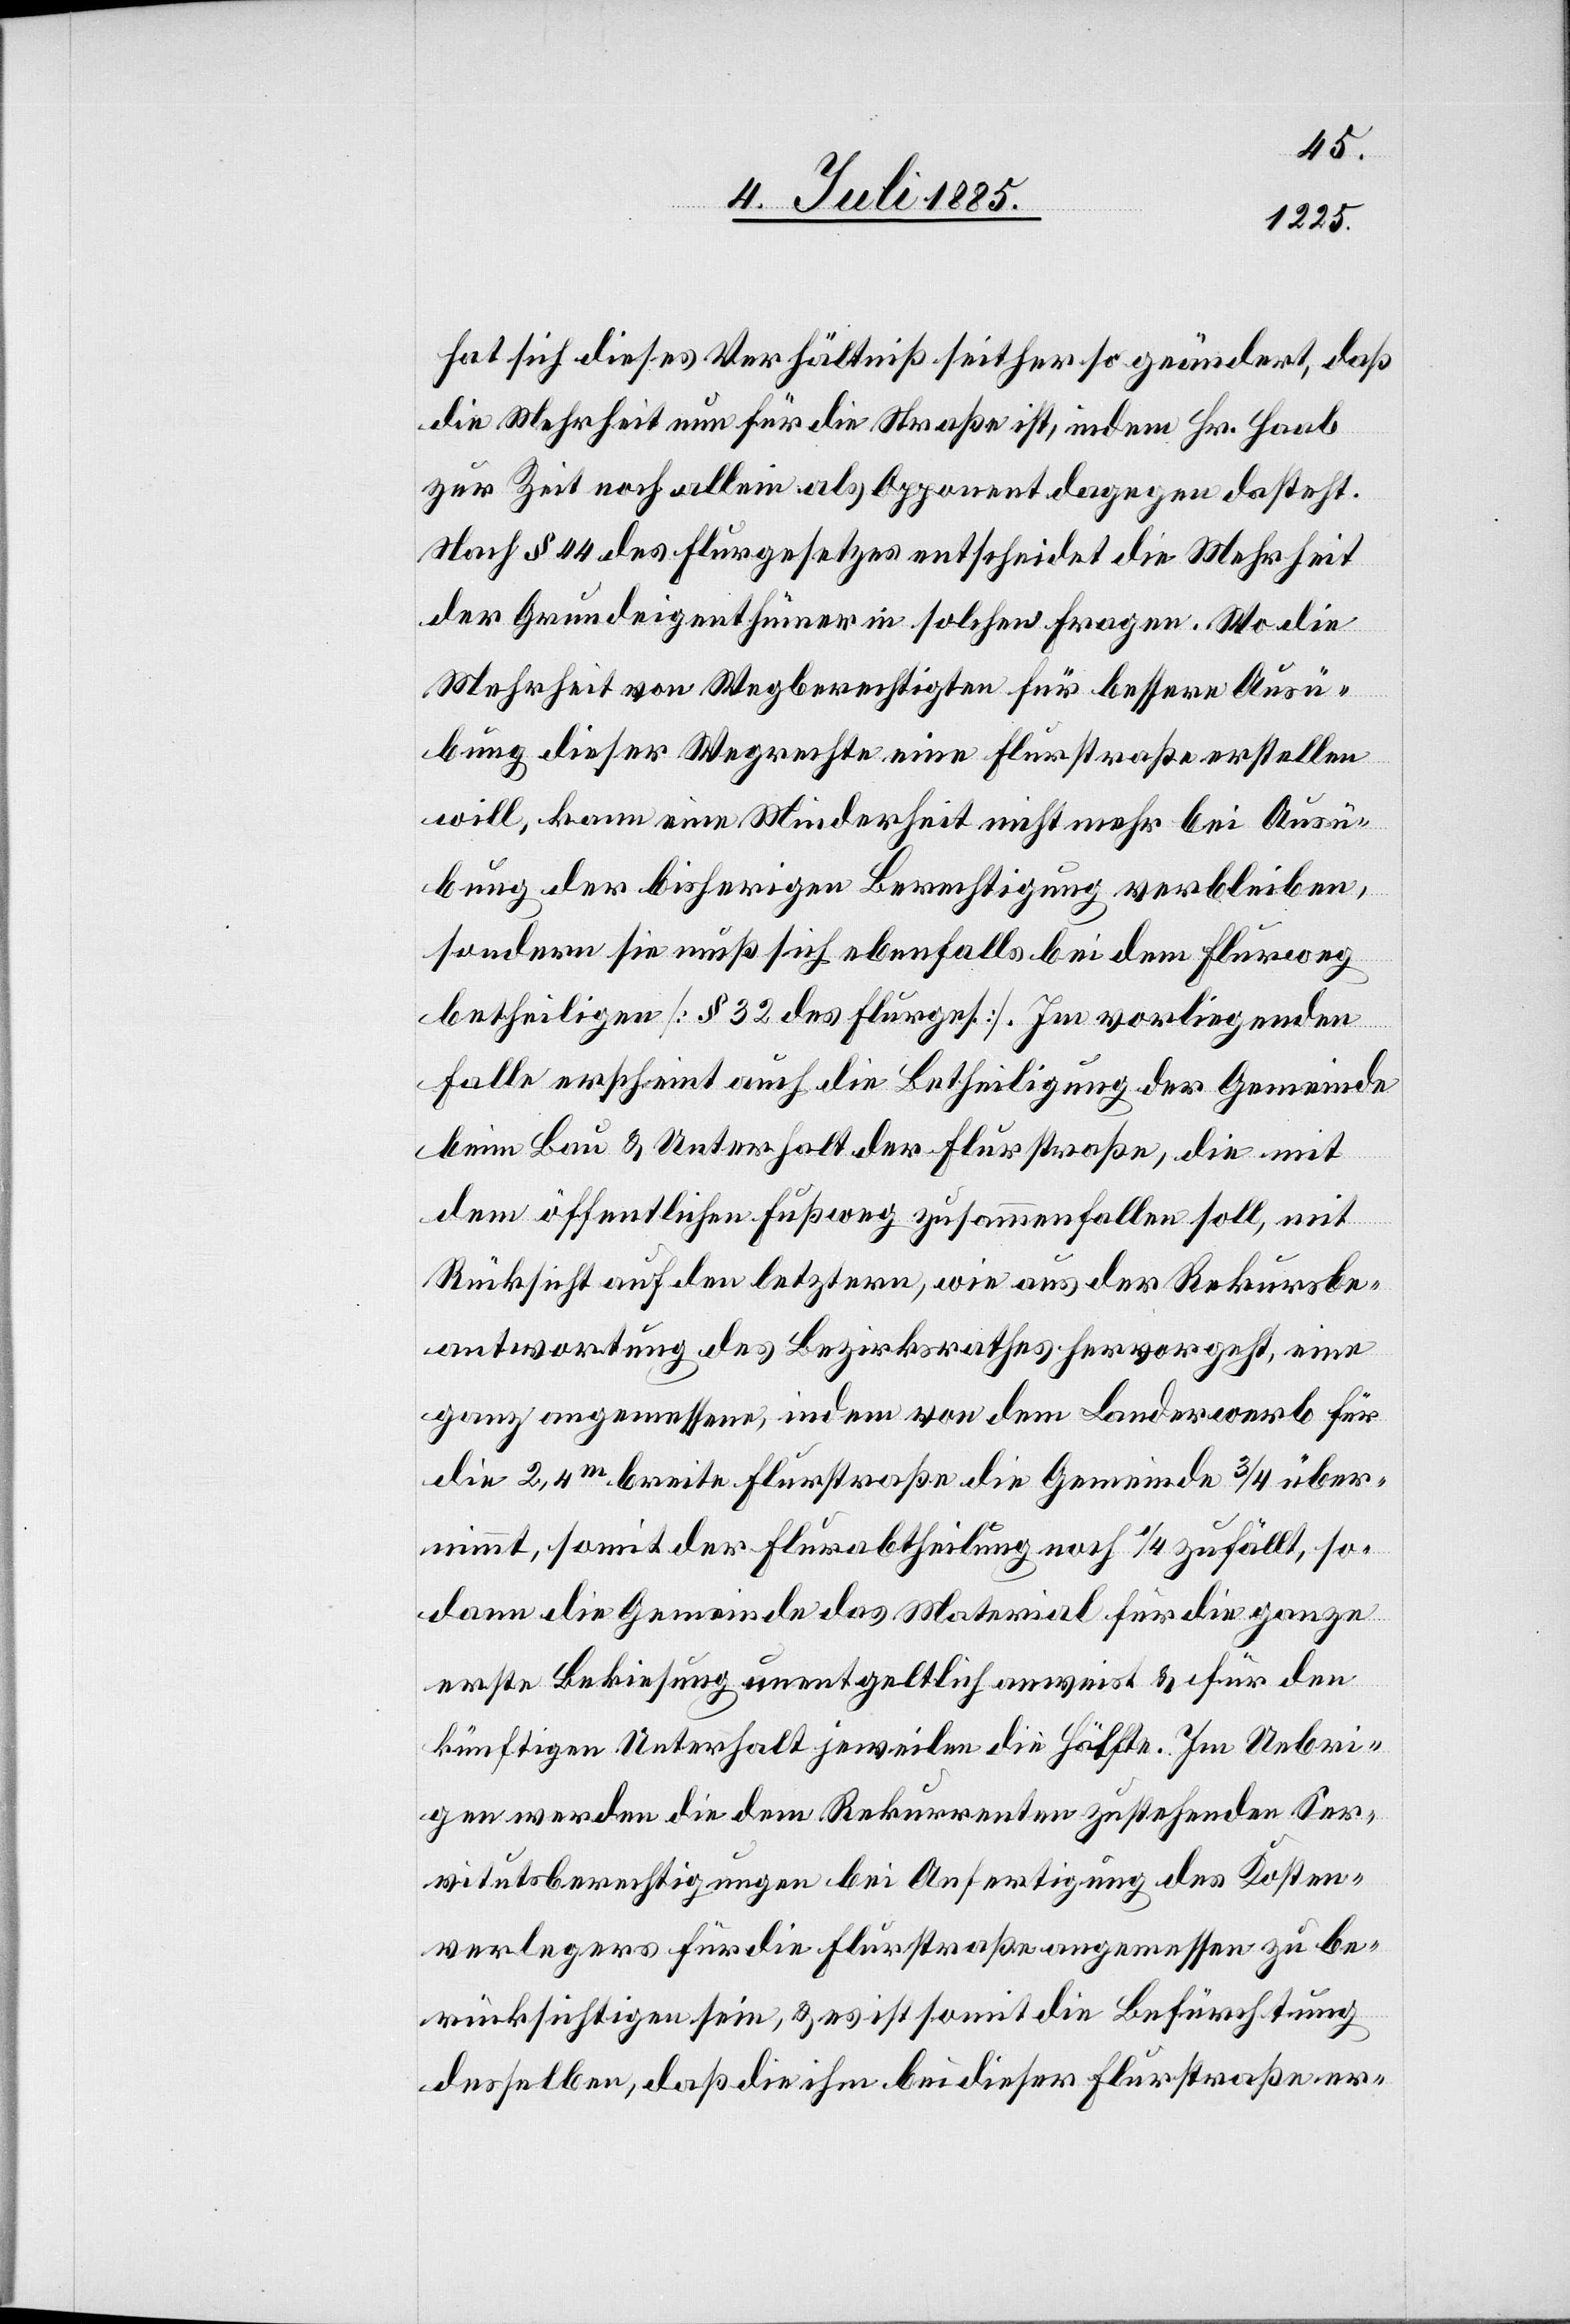
hat sich dieses Verhältniß seither so geändert, daß
die Mehrheit nun für die Straße ist, indem Hr. Haab
zur Zeit noch allein als Opponent dagegen dasteht.
Nach § 44 des Flurgesetzes entscheidet die Mehrheit
der Grundeigenthümer in solchen Fragen. Wo die
Mehrheit von Wegberechtigten für bessere Ausü¬
bung dieser Wegrechte eine Flurstraße erstellen
will, kann eine Minderheit nicht mehr bei Ausü¬
bung der bisherigen Berechtigung verbleiben,
sondern sie muß sich ebenfalls bei dem Flurweg
betheiligen [§ 32 des Flurges.]. Im vorliegenden
Falle erscheint auch die Betheiligung der Gemeinde
beim Bau & Unterhalt der Flustraße, die mit
dem öffentlichen Fußweg zusammenfallen soll, mit
Rücksicht auf den letztern, wie aus der Rekursbe¬
antwortung des Bezirksrathes hervorgeht, eine
ganz angemessene, indem von dem Landerwerb für
die 2,4m breite Flurstraße die Gemeinde 3/4 über¬
nimmt, somit der Flurabtheilung noch 1/4 zufällt, so¬
dann die Gemeinde das Material für die ganze
erste Bekiesung unentgeltlich anweist & für den
künftigen Unterhalt jeweilen die Hälfte. Im Uebri¬
gen werden die dem Rekurrenten zustehenden Ser¬
vitutsberechtigungen bei Anfertigung des Kosten¬
verlegers für die Flurstraße angemessen zu be¬
rücksichtigen sein, & es ist somit die Befürchtung
desselben, daß die ihm bei dieser Flurstraße er-